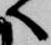
へ